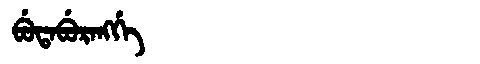
Manchu: ᠪᡠᡨᠠᠪᡠᡵᠠᠩᡤᡝ
Romanization: BUTABURANGGE